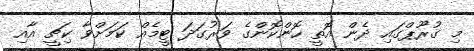
މި ގުރޫޕްގައި ދެން އޮތީ ހޮންކޮންގެ ވަރުގަދަ ޓީމެއް ކަމަށްވާ ކިޗީ އާއި